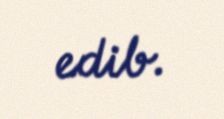
edib.